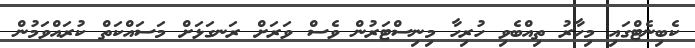
ކެބިނެޓްގައި މިހާރު ތިއްބެވި ހުރިހާ މިނިސްޓަރުން ވެސް ވަރަށް ރަނގަޅަށް މަސައްކަތް ކުރައްވަމުން